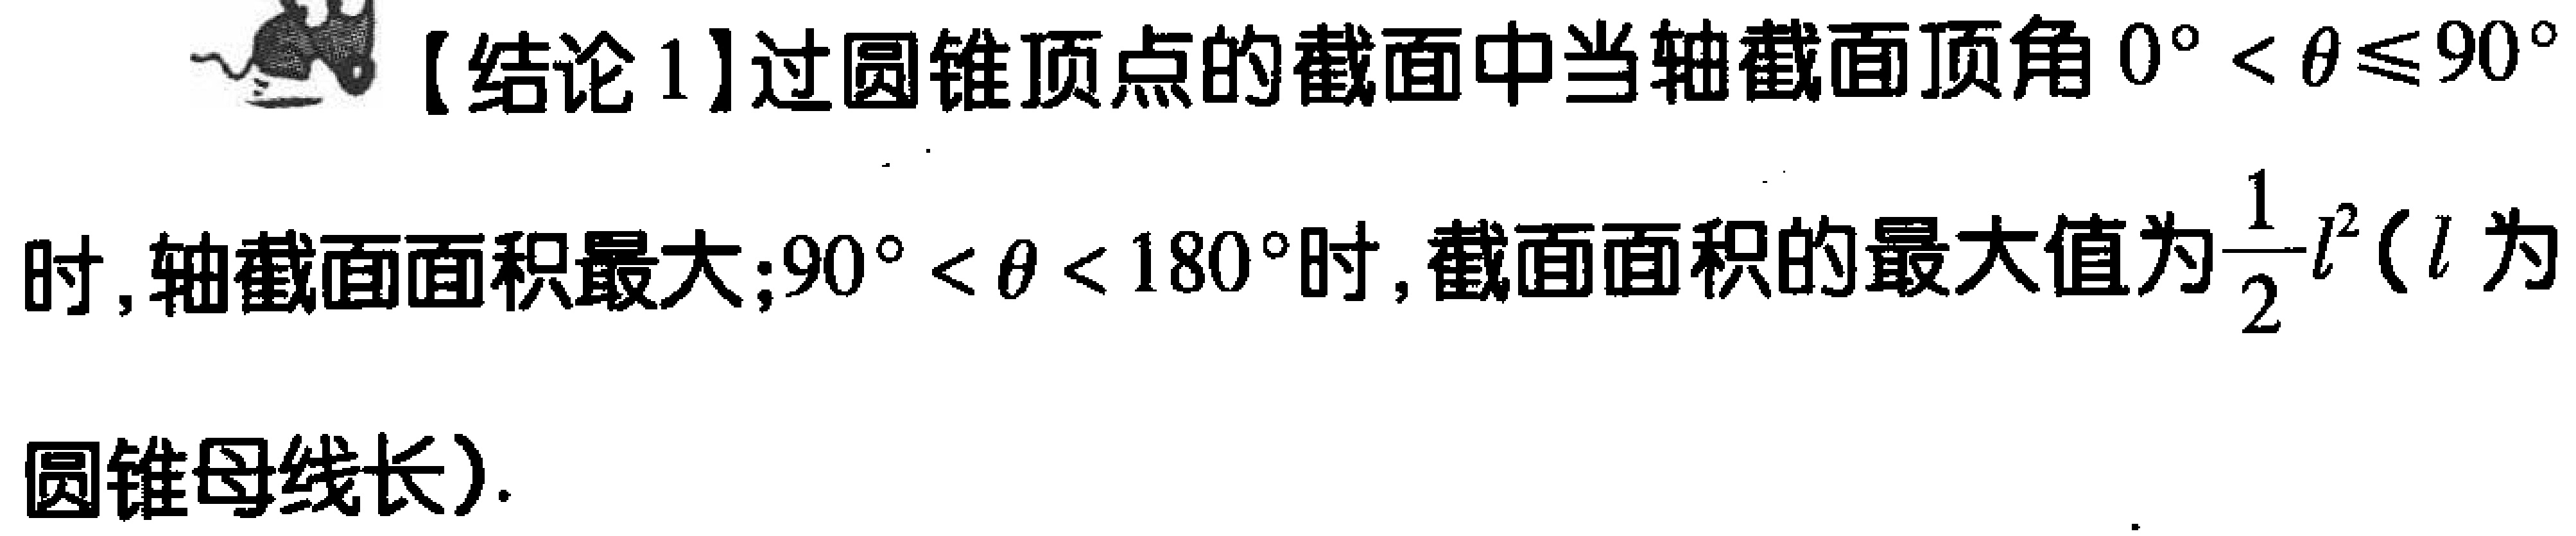
【结论 1】过圆锥顶点的截面中当轴截面顶角 \(0^{\circ} < \theta\leqslant 90^{\circ}\) 时,轴截面面积最大;\(90^{\circ} < \theta < 180^{\circ}\) 时, 截面面积的最大值为 \(\frac{1}{2}l^{2}\)（\(l\) 为圆锥母线长）.